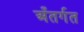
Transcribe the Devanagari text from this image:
अँतर्गत